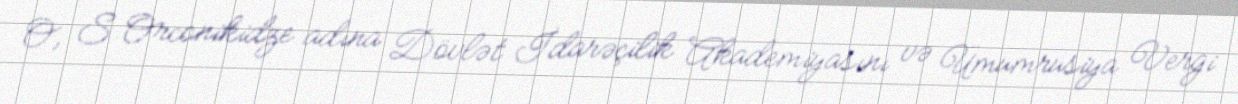
O, S.Orconikidze adına Dövlət İdarəçilik Akademiyasını və Ümumrusiya Vergi